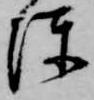
陳